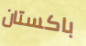
باكستان